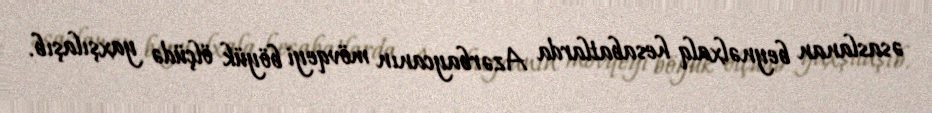
əsaslanan beynəlxalq hesabatlarda Azərbaycanın mövqeyi böyük ölçüdə yaxşılaşıb.